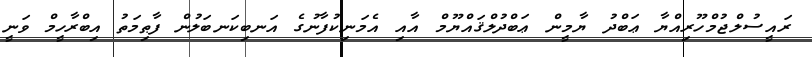
ރައީސުލްޖުމްހޫރިއްޔާ ޢަބްދު ޔާމީން ޢަބްދުލްޤައްޔޫމް އާއި އެމަނިކުފާނުގެ އަނބިކަނބަލުން ފާޠިމަތު އިބްރާހީމް ވަނީ